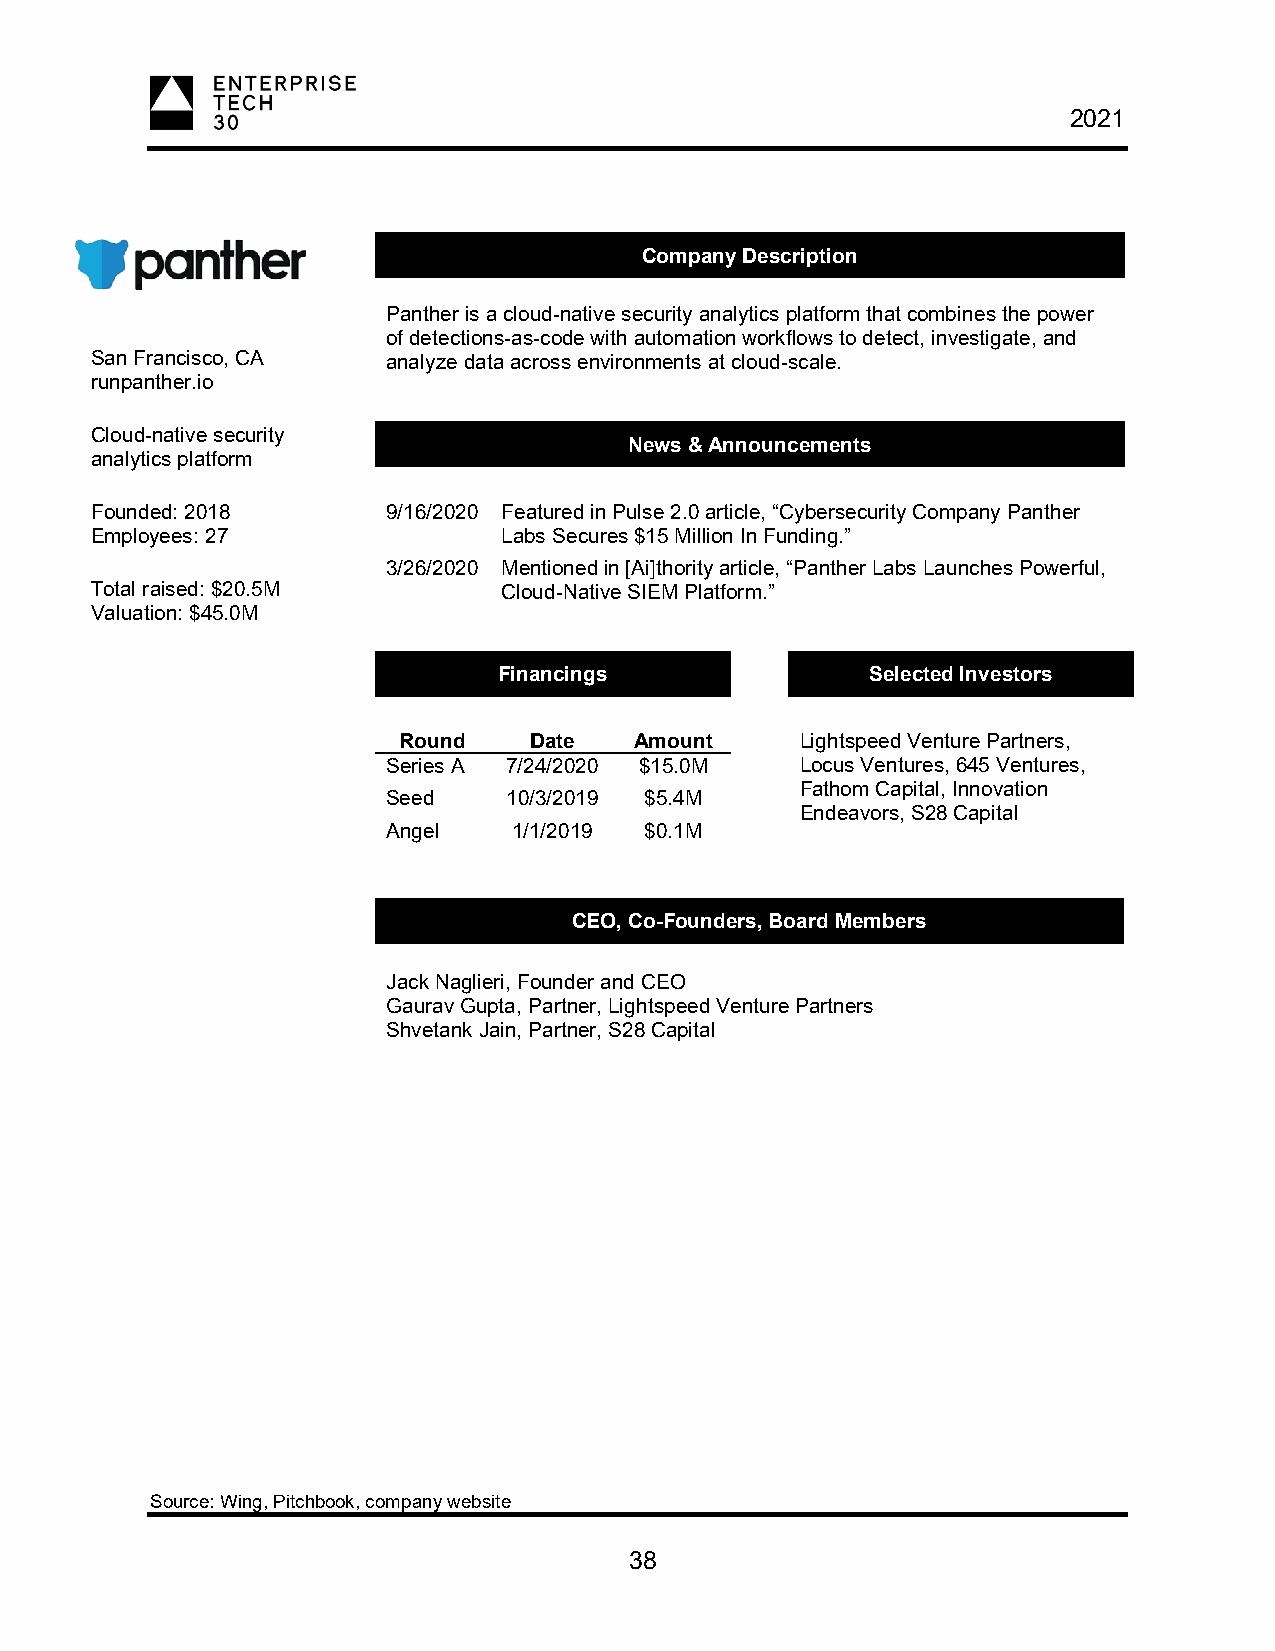
2021
 Company Description
 Panther is a cloud-native security analytics platform that combines the power
 of detections-as-code with automation workflows to detect, investigate, and
 San Francisco, CA   analyze data across environments at cloud-scale.
 runpanther.io
 Cloud-native security
 News & Announcements
 analytics platform
 Founded: 2018       9/16/2020 Featured in Pulse 2.0 article, “Cybersecurity Company Panther
 Employees: 27              Labs Secures $15 Million In Funding.”
 3/26/2020 Mentioned in [Ai]thority article, “Panther Labs Launches Powerful,
 Total raised: $20.5M       Cloud-Native SIEM Platform.”
 Valuation: $45.0M
 Financings               Selected Investors
 Round    Date   Amount     Lightspeed Venture Partners,
 Series A 7/24/2020 $15.0M  Locus Ventures, 645 Ventures,
 Fathom Capital, Innovation
 Seed    10/3/2019 $5.4M
 Endeavors, S28 Capital
 Angel   1/1/2019 $0.1M
 CEO, Co-Founders, Board Members
 Jack Naglieri, Founder and CEO
 Gaurav Gupta, Partner, Lightspeed Venture Partners
 Shvetank Jain, Partner, S28 Capital
 Source: Wing, Pitchbook, company website
 38